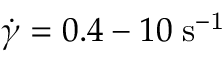
\dot { \gamma } = 0 . 4 - 1 0 \; \mathrm { { s ^ { - 1 } } }